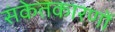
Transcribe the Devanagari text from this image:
संकेतकारणों